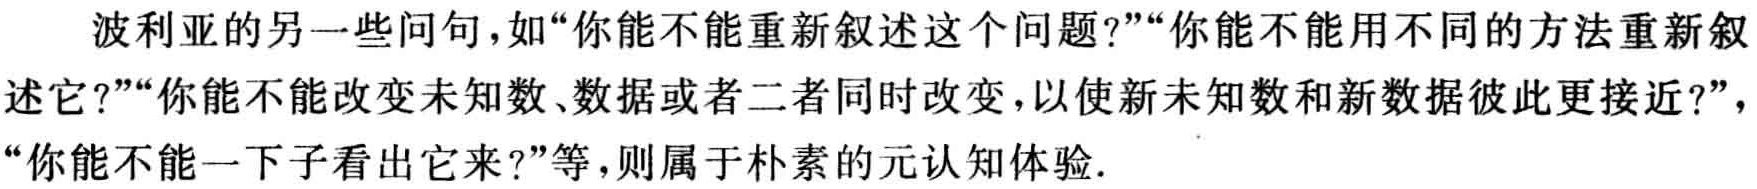
波利亚的另一些问句，如“你能不能重新叙述这个问题?”“你能不能用不同的方法重新叙述它?”“你能不能改变未知数、数据或者二者同时改变，以使新未知数和新数据彼此更接近?”，“你能不能一下子看出它来?”等，则属于朴素的元认知体验.